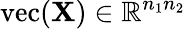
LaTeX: \mathrm{vec}(\mathbf{X})\in\mathbb{R}^{n_{1}n_{2}}